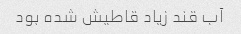
آب قند زیاد قاطیش شده بود